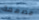
مصممة